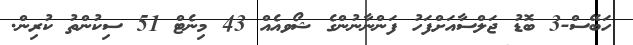
ހަބޭސް-3 ބޮޑު ޖަލްސާއަށްފަހު ފަންނާނުންގެ ޝޯވއެއް 43 މިނެޓް 51 ސިކުންތު ކުރިން.